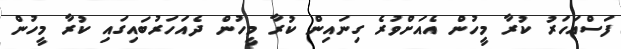
ފަސްއަހަރު ކުރާ މީހުން އެއަށްވުރެ ގިނައިން ކުރާ މީހުން ދެއަހަރުބައިގައި ކުރާ މީހުން